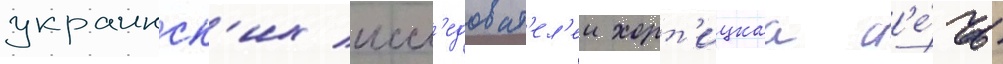
украинск'их иссл'едоват'ел'еи хорт'ицкаа с'е́чь